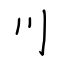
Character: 川